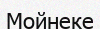
Мойнеке